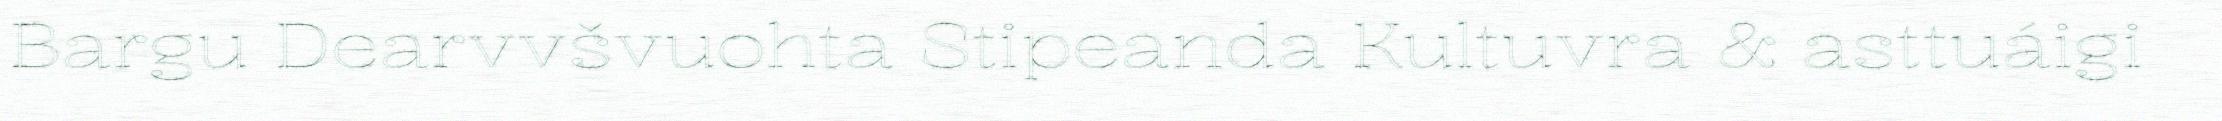
Bargu Dearvvšvuohta Stipeanda Kultuvra & asttuáigi